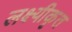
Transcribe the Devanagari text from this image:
लक्ष्यीकृत